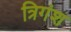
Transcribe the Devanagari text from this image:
त्रिगंश